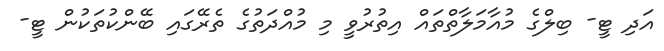
އަދި ޓީ- ބިލްގެ މުއާމަލާތްތައް އިތުރުވީ މި މުއްދަތުގެ ތެރޭގައި ބޭންކުތަކުން ޓީ-